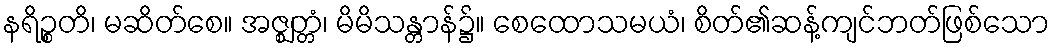
နရိဉ္စတိ၊ မဆိတ်စေ။ အဇ္ဈတ္တံ၊ မိမိသန္တာန်၌။ စေထောသမယံ၊ စိတ်၏ဆန့်ကျင်ဘတ်ဖြစ်သော